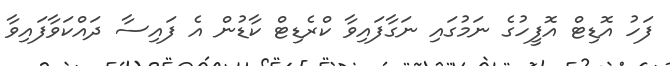
ފަހު އޮޑިޓް އޮފީހުގެ ނަމުގައި ނަގާފައިވާ ކްރެޑިޓް ކާޑުން އެ ފައިސާ ދައްކަވާފައިވާ